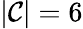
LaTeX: |\mathcal{C}|=6